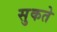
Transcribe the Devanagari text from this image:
सुकते